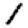
Digit: 1